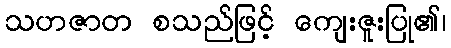
သဟဇာတ စသည်ဖြင့် ကျေးဇူးပြု၏၊